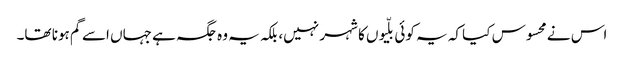
اس نے محسوس کیا کہ یہ کوئی بلّیوں کا شہر نہیں، بلکہ یہ وہ جگہ ہے جہاں اسے گم ہونا تھا۔